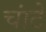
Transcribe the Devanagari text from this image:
चांटे